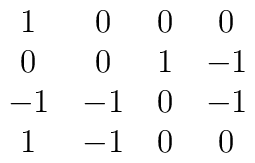
\matrix{ 1 & 0 & 0 & 0 \cr 0 & 0 & 1 & -1 \cr -1 & -1 & 0 & -1 \cr 1 &      -1 & 0 & 0 \cr  }